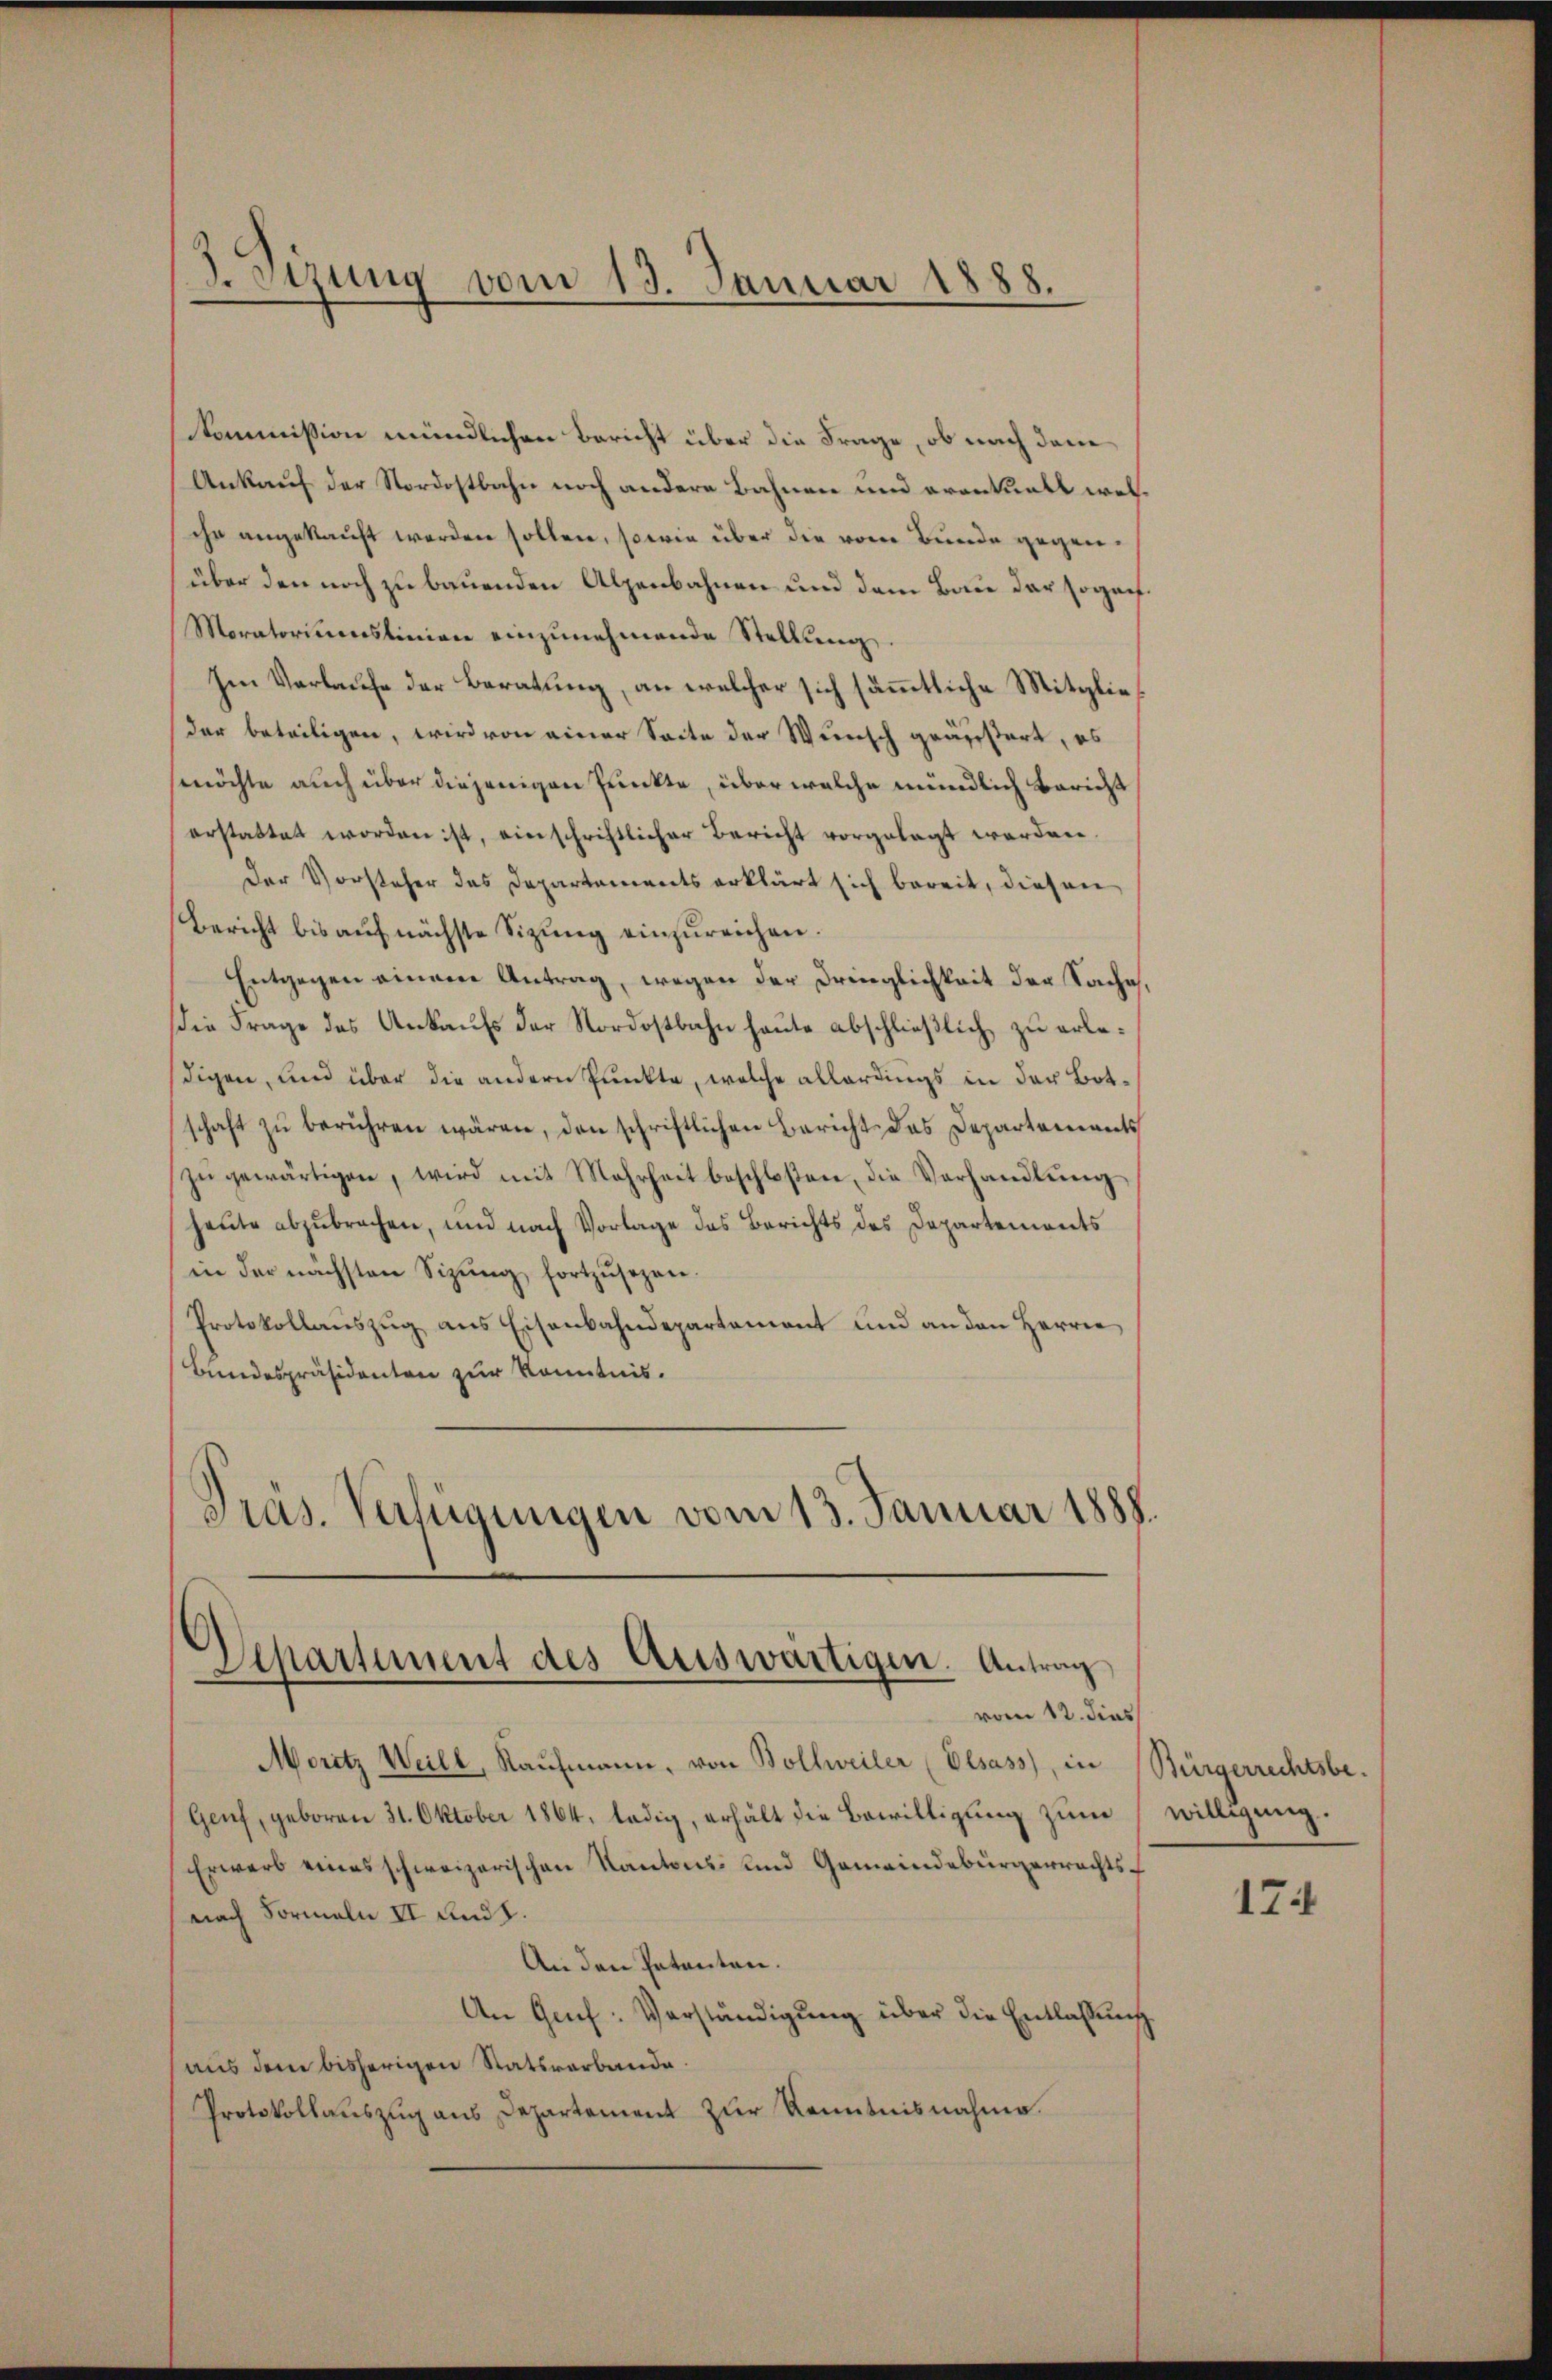
Zetzung vom 13. Januar 1888.

kommission mündlichen Bericht über die Frage, ob nach dem
Ankauf der Nordostbahn noch andere Bahnen und eventuell welihr angekauft worden sollen, sowie über die vom Bunde gegenüber den noch zu bauenden Alpenbahnen und dem Bau der sogarf¬
Moratoriumslinien einzŭnehmende Stellŭng.
Im Verlaufe der Beratung, an welcher sich sämmtliche Mitglieder beteiligen, wird von einer Seite der Wunsch geäußert, eb
möchte auch über diejenigen Punkte, über welche mündlich Bericht
erstattet worden ist, einschriftlicher Bericht vorgelegt werden.
Der Vorsteher das Departements erklärt sich bereit, diesen
Bericht bis aŭf nächste Sizŭng einzŭreichen.
Entgegen einem Antrag, wegen der Dringlichkeit der Sache,
Die Frage des Ankaufs der Nordostbahn heute abschließlich zu erledigen, und über die andern Punkte, welche allerdings in der Botschaft zŭ berühren wären, den schriftlichen Bericht das Departements
zŭ gewärtigen, wird mit Mehrheit beschloßen, die Verhandlŭng
heute abzubrechen, und nach Vorlage das Berichts des Departements
in der nächsten Sizŭng fortzŭsezen.
Protokollauszug aus Eisenbahndepartement und an den Herren
Bundespräsidenten zur Kenntnis.
Präs. Verfügungen vom 13. Januar 1888.

Departement des Auswärtigen. Antrag
vom 12. dies

Erwarb eines schweizerischen Kantons- und Gemeindebürgerrechts¬
(nach Formeln II und h.
An den Patenten.
An Gruf: Verständigŭng über die Entlassung
(aus dem bisherigen Statsverbande.
Protokollauszug aus Departement zur Kenntnisnahme.

Moritz Weill, Kaufmann, von Bollweiler (Olsass, in Bürgerrechtsbe¬
Genf, geboren 31. Oktober 1864, ledig, erhält die Bewilligung zum

willigung.

174